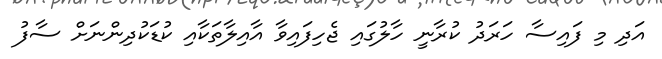
އަދި މި ފައިސާ ހަރަދު ކުރާނީ ހާލުގައި ޖެހިފައިވާ އާއިލާތަކާއި ކުޑަކުދިންނަށް ސާފު